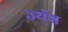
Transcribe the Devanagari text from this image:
ज्यॅन्न